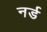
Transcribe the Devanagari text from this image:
नर्ड